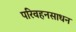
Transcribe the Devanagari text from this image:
परिवहनसाधन